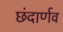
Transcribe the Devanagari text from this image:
छंदार्णव